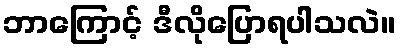
ဘာကြောင့် ဒီလိုပြောရပါသလဲ။